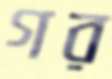
গর